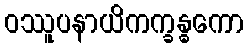
ဝဿူပနာယိကက္ခန္ဓကော